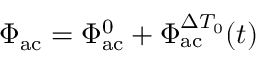
\Phi _ { \mathrm { a c } } = \Phi _ { \mathrm { a c } } ^ { 0 } + \Phi _ { \mathrm { a c } } ^ { \Delta T _ { 0 } } ( t )